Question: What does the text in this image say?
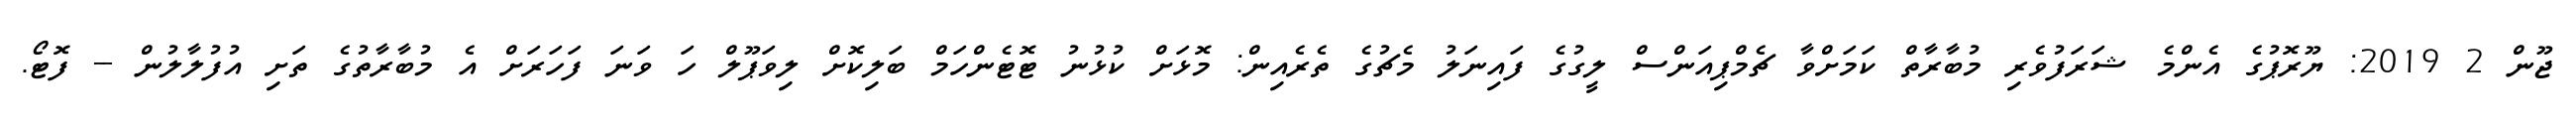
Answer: ޖޫން 2 2019: ޔޫރޮޕުގެ އެންމެ ޝަރަފުވެރި މުބާރާތް ކަމަށްވާ ޗެމްޕިއަންސް ލީގުގެ ފައިނަލު މެޗުގެ ތެރެއިން: މޮޅަށް ކުޅުނު ޓޮޓެންހަމް ބަލިކޮށް ލިވަޕޫލް ހަ ވަނަ ފަހަރަށް އެ މުބާރާތުގެ ތަށި އުފުލާލުން -- ފޮޓޯ.